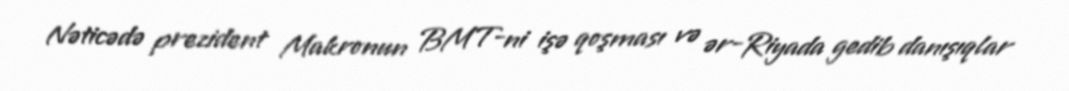
Nəticədə prezident Makronun BMT-ni işə qoşması və ər-Riyada gedib danışıqlar